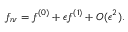
f _ { n r } = f ^ { ( 0 ) } + \epsilon f ^ { ( 1 ) } + O ( \epsilon ^ { 2 } ) .